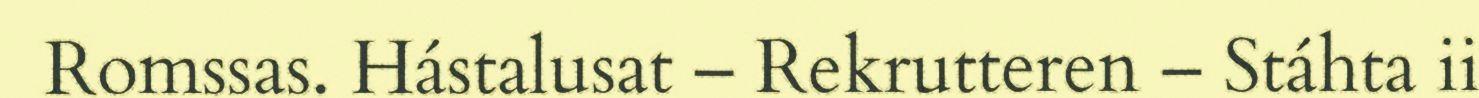
Romssas. Hástalusat – Rekrutteren – Stáhta ii